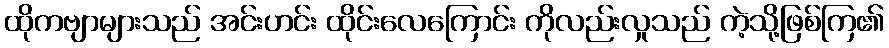
ထိုကဗျာများသည် အင်းဟင်း ထိုင်းလေကြောင်း ကိုလည်းလှုသည် ကဲ့သို့ဖြစ်ကြ၏